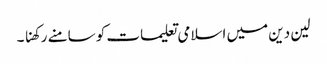
لین دین میں اسلامی تعلیمات کو سامنے رکھنا ۔